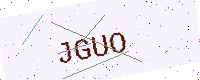
Text: JGUO